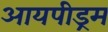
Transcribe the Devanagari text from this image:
आयपीड्रम